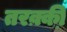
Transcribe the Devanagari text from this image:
तरक़्की़